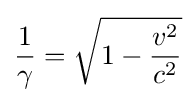
{\frac {1}{\gamma }}={\sqrt {1-{\frac {v^{2}}{c^{2}}}}}